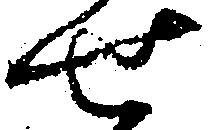
せ